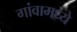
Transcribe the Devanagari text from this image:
गांवामध्ये